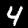
Digit: 4